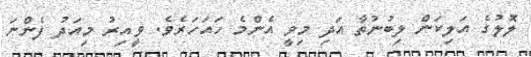
ލޮލުގެ އަލިކަން ލިބުނުތާ އަދި މިވީ އެންމެ ހައަހަރެވެ. ވީއިރު މިއަދު ފެންނަ